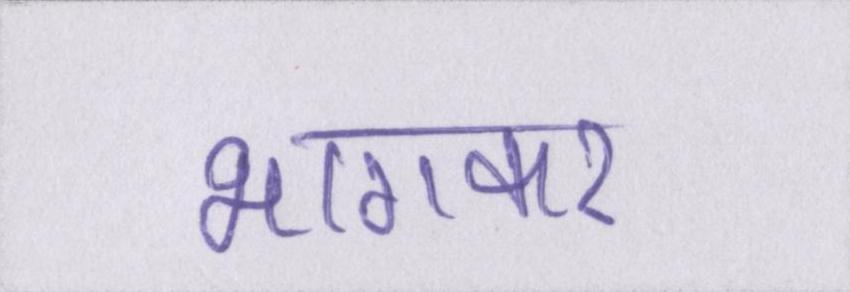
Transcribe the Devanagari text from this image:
भागकर